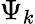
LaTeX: \Psi_{k}